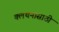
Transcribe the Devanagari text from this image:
क्लथनासाठी